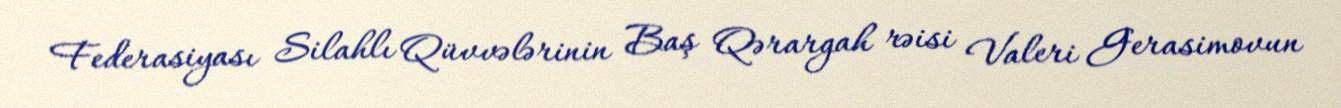
Federasiyası Silahlı Qüvvələrinin Baş Qərargah rəisi Valeri Gerasimovun